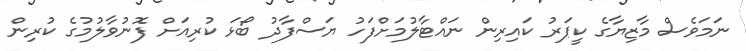
ނަމަވެސް މާޒިޔާގެ ކީޕަރު ކައިރިން ނައްޓާލުމަށްފަހު ޔަސްފާދު ބޯޅަ ކުރިއަށް ފޮނުވާލުމުގެ ކުރިން